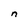
Character: n